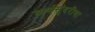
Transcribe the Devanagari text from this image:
कर्णसुंदरीचा